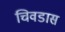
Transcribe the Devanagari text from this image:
चिवडास